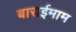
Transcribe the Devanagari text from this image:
बाराईमाम